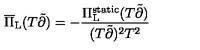
\overline { { \Pi } } _ { \mathrm { L } } ( T \tilde { \partial } ) = - \frac { \Pi _ { \mathrm { L } } ^ { \mathrm { s t a t i c } } ( T \tilde { \partial } ) } { ( T \tilde { \partial } ) ^ { 2 } T ^ { 2 } }